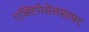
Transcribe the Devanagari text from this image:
एक्टिंगेसेलशाफ्ट